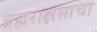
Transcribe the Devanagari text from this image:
ब्रह्मराक्षसाचा